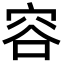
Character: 容